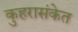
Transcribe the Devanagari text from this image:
कुहरासंकेत